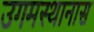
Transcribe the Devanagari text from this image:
उगमस्थानास